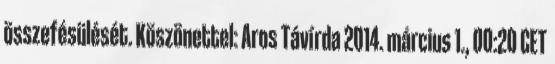
összefésülését. Köszönettel: Aros Távírda 2014. március 1., 00:20 CET